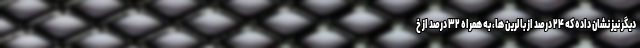
دیگر نیز نشان داده که ۲۴ درصد از بالرین ها، به همراه ۳۲ درصد از خ